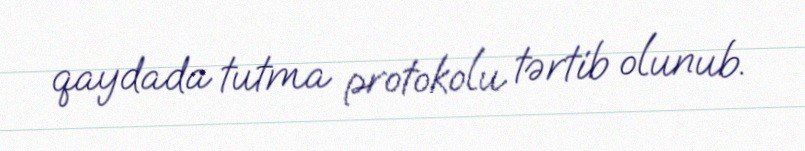
qaydada tutma protokolu tərtib olunub.